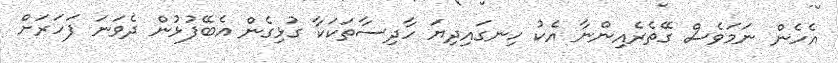
އެހެން ނަމަވެސް ގޭތެރެއިންނާ އެކު ހިނގައިދިޔަ ހާދިސާތަކަކާ ގުޅިގެން އެބޭފުޅުން ދެވަނަ ފަހަރަށް